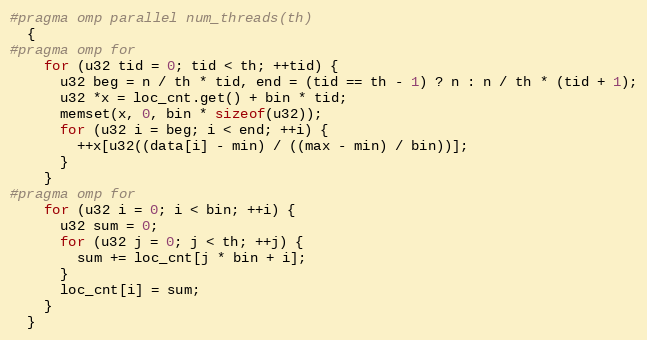
Language: C++
#pragma omp parallel num_threads(th)
  {
#pragma omp for
    for (u32 tid = 0; tid < th; ++tid) {
      u32 beg = n / th * tid, end = (tid == th - 1) ? n : n / th * (tid + 1);
      u32 *x = loc_cnt.get() + bin * tid;
      memset(x, 0, bin * sizeof(u32));
      for (u32 i = beg; i < end; ++i) {
        ++x[u32((data[i] - min) / ((max - min) / bin))];
      }
    }
#pragma omp for
    for (u32 i = 0; i < bin; ++i) {
      u32 sum = 0;
      for (u32 j = 0; j < th; ++j) {
        sum += loc_cnt[j * bin + i];
      }
      loc_cnt[i] = sum;
    }
  }